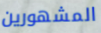
المشهورين